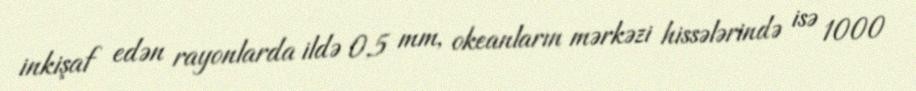
inkişaf edən rayonlarda ildə 0,5 mm, okeanların mərkəzi hissələrində isə 1000